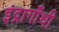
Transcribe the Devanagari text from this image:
इंद्रागाँधी